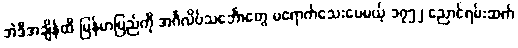
အဲဒီအချိန်ထိ မြန်မာပြည်ကို အင်္ဂလိပ်သင်္ဘောတွေ မရောက်သေးပေမယ့် ၁၇၅၂ ညောင်ရမ်းဆက်